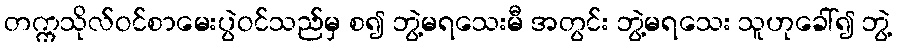
တက္ကသိုလ်ဝင်စာမေးပွဲဝင်သည်မှ စ၍ ဘွဲ့မရသေးမီ အတွင်း ဘွဲ့မရသေး သူဟုခေါ်၍ ဘွဲ့